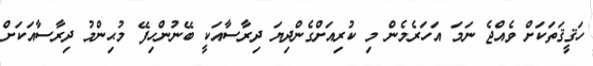
ހަޤީޤަތަކަށް ވެއްޖެ ނަމަ އަހަރެމެން މި ކުރިއަށްގެންދިޔަ ދިރާސާއަކީ ބޭނުންހިފޭ މުޙިންމު ދިރާސާއަކަށް